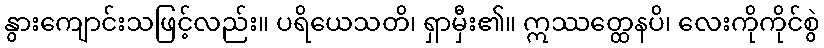
နွားကျောင်းသဖြင့်လည်း။ ပရိယေသတိ၊ ရှာမှီး၏။ ဣဿတ္ထေနပိ၊ လေးကိုကိုင်စွဲ